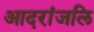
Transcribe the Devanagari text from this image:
आदरांजलि